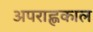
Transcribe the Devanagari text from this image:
अपराह्णकाल